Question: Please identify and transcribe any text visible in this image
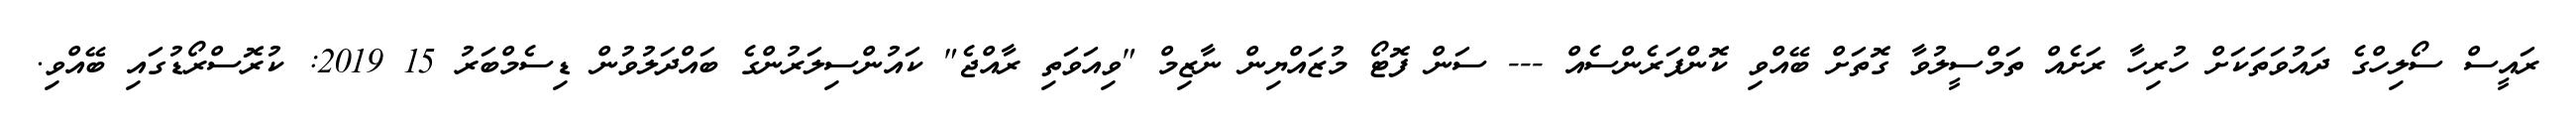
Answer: ރައީސް ސޯލިހްގެ ދައުވަތަކަށް ހުރިހާ ރަށެއް ތަމްސީލުވާ ގޮތަށް ބޭއްވި ކޮންފަރެންސެއް --- ސަން ފޮޓޯ މުޒައްޔިން ނާޒިމް "ވިއަވަތި ރާއްޖެ" ކައުންސިލަރުންގެ ބައްދަލުވުން ޑިސެމްބަރު 15 2019: ކުރޮސްރޯޑުގައި ބޭއްވި.